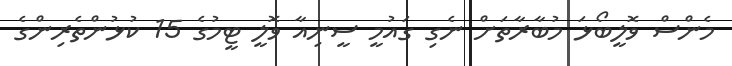
މެންސް ވޮލީބޯޅަ މުބާރާތަށް ނެގި ގައުމީ ސީނިއާ ވޮލީ ޓީމުގެ 15 ކުޅުންތެރިންގެ